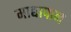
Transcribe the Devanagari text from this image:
माद्यापान